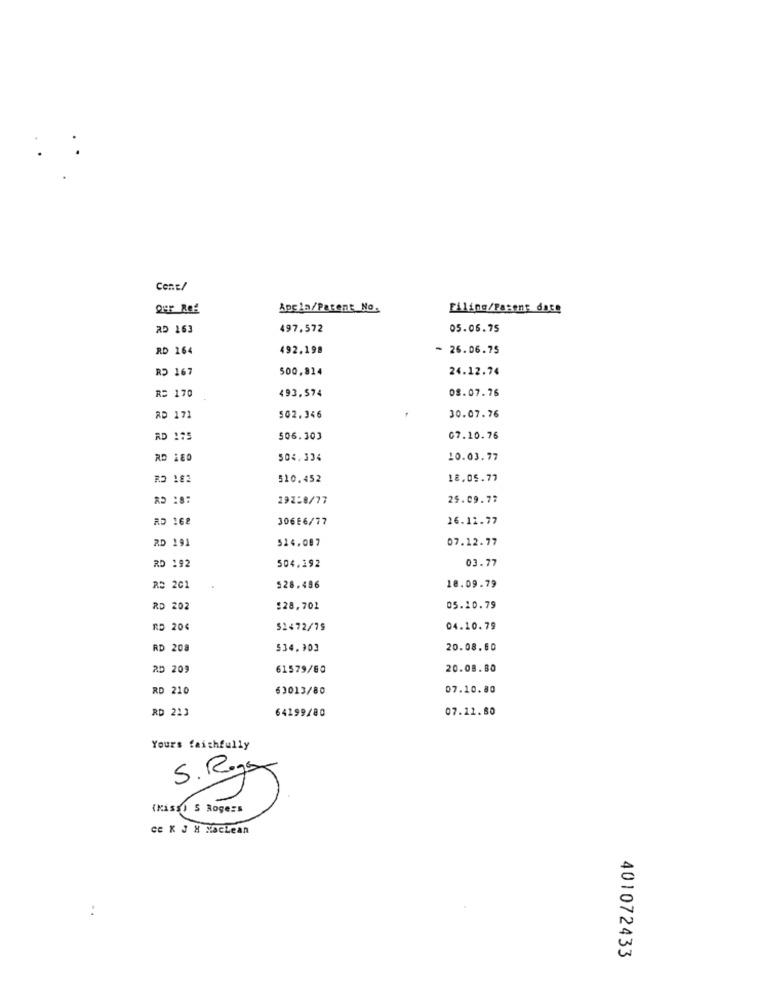
Cent/
Apcla/Patent No.
Filing/Parent date
RD 163
497.572
05.06.75
RD 164
492.198
- 26.06.75
RD 167
500,814
24.12.74
493,574
08.07.76
R= 170
AD 171
502.346
30.07.76
RD 175
506.303
07.10.76
RD 180
504,334
10.03.77
RD 182
510.452
18.05.77
29258/77
25.09.77
RD 162
30666/77
16.11.77
RD 191
07.12.77
514.087
03.77
RD 192
504.192
RS 201
528.496
18.09.79
RD 202
:28,701
05.10.79
RD 204
51472/79
04.10.79
RD 208
534.903
20.08.60
RD 209
61579/60
20.08.80
RD 210
63013/80
07.10.80
RD 213
64299/80
07.11.80
Yours faithfully
S.Rgy
(KASE) S Rogers
ce K J X Maclean
..
401072433